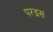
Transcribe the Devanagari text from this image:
परइस